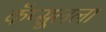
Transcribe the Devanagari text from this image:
कॅप्सूलला